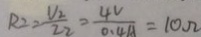
R _ { 2 } = \frac { V _ { 2 } } { Z _ { 2 } } = \frac { 4 V } { 0 . 4 A } = 1 0 \Omega